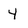
Character: 4